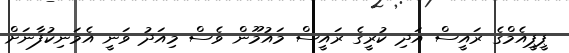
ޕީޕީއެމްގެ ރައީސް އަދި ކުރީގެ ރައީސް މައުމޫން ވެސް މިއަދު ވަނީ އެމަނިކުފާނަށް